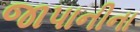
જાપાનીના